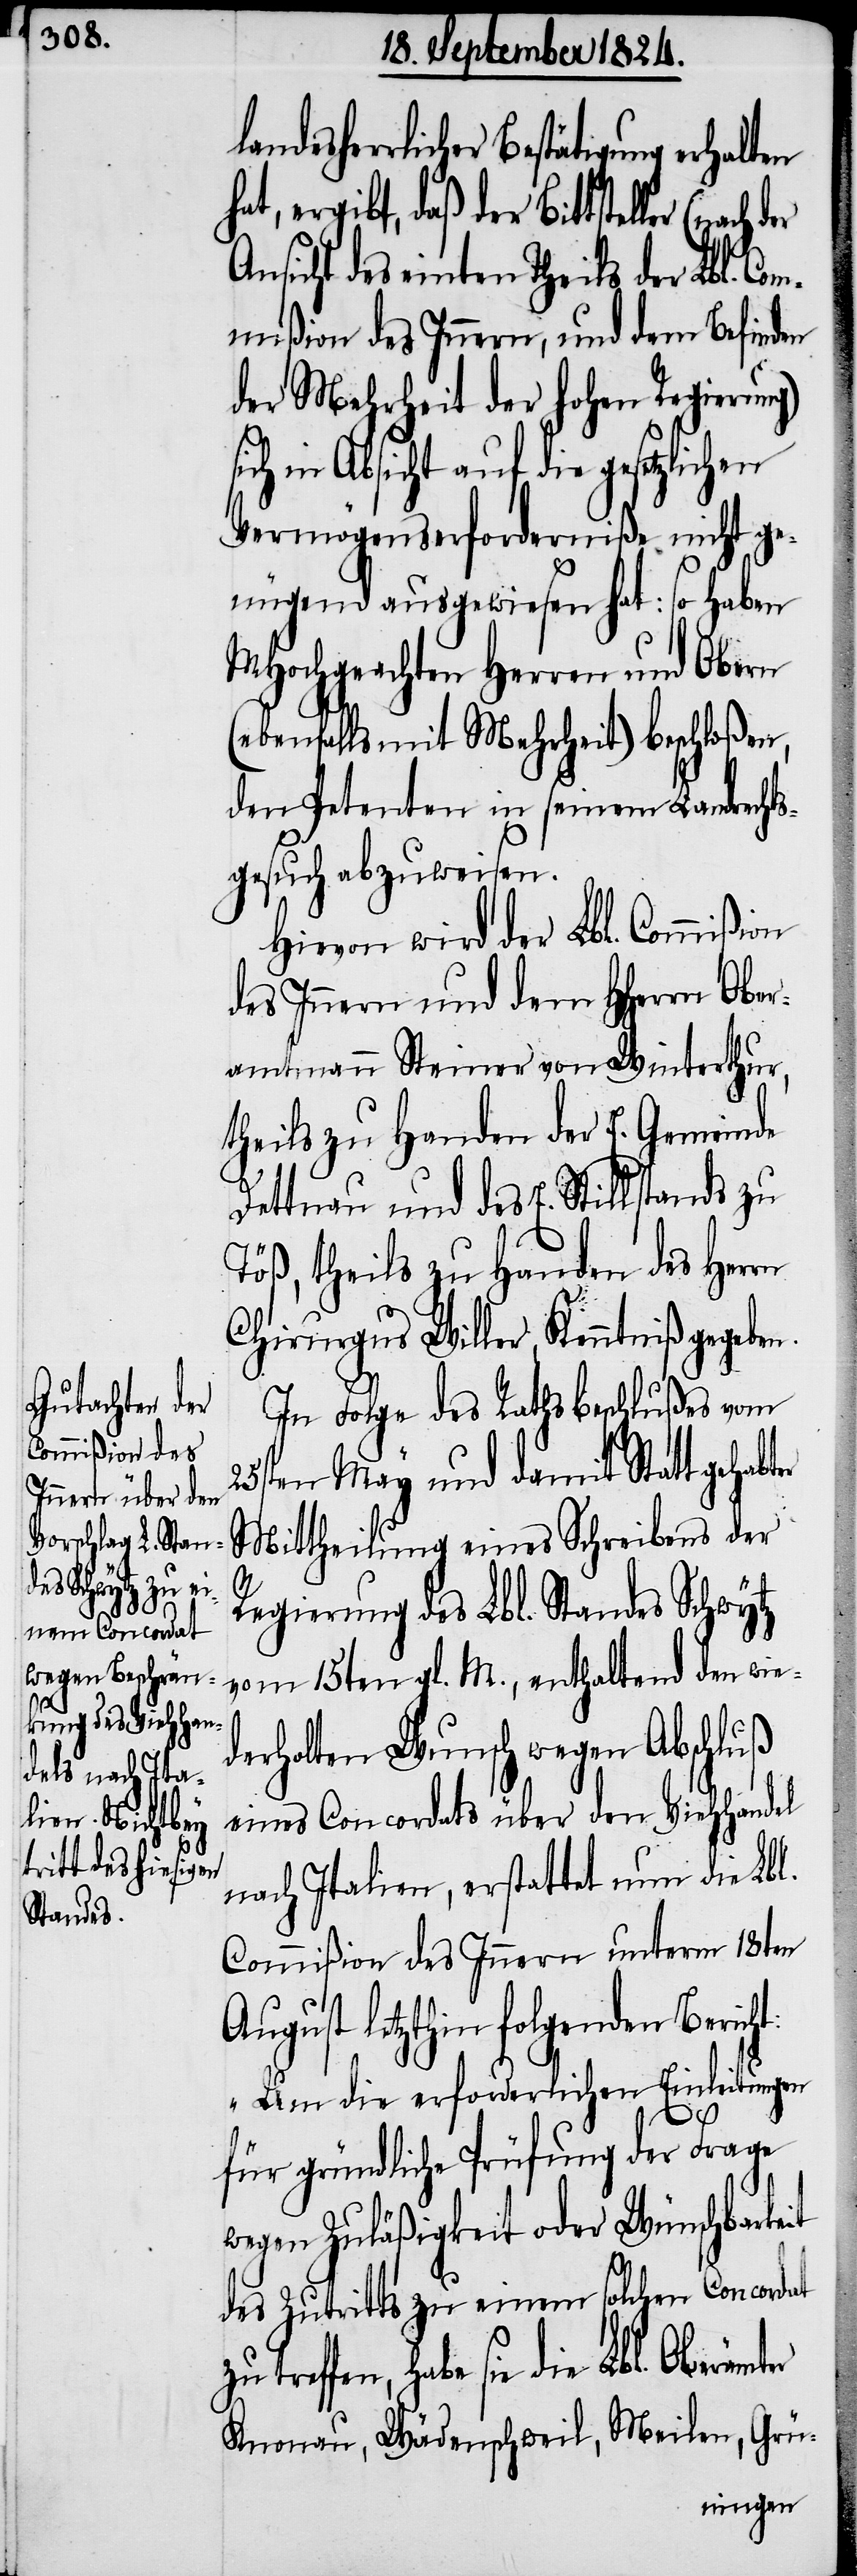
landes¬

herrlicher Bestätigung erhalten
at, ergibt, daß der Bittsteller
des einten Theils der Lbl. Co¬
mmißion des Innern, und dem Befinden
der Mehrheit der hohen Regierun¬
ich in Absicht auf die gesetzlichen
Vermögenserforderniße nicht ge¬
nügend ausgewiesen hat: so haben
MHochgeachten Herren und Obern
(ebenfalls mit Mehrheit) beschloßen,
den Petenten in seinem Landrechts¬
gesuch abzuweisen.
Hievon wird der Lbl. Commißion
des Innern und dem HHerrn Ober¬
amtmann Steiner von Winterthur,
theils zu Handen der E. Gemeinde
Dettnau und des E. Stillstands zu
Töß, theils zu Handen des Herrn
Chirurgus Willer, Kenntniß gegeben.
In Folge des Rathsbeschlußes vom
25sten May und damit Statt gehab¬
Mittheilung eines Schreibens der
er
Regierung des Lbl. Standes Schwytz
vom 15ten gl. M. enthaltend den wie¬
derholten Wunsch wegen Abschluß
eines Concordats über den Viehhandel
nach Italien, erstattet nun die Lbl.
Commißion des Innern unterm 18ten
August letzthin folgenden Berich¬
„Um die erforderlichen Einleitungen
ter
für gründliche Prüfung der Frage
wegen Zuläßigkeit oder Wünschbarkeit
des Zutritts zu einem solchen Concordat
treffen, habe sie die Lbl. Oberämt¬
Knonau, Wädenschweil, Meilen, Grü-